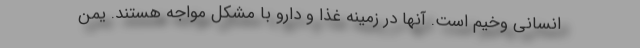
انسانی وخیم است. آنها در زمینه غذا و دارو با مشکل مواجه هستند. یمن